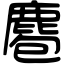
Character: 麅